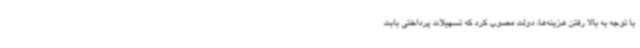
با توجه به بالا رفتن هزینه‌ها، دولت مصوب کرد که تسهیلات پرداختی بابت